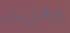
وهربت